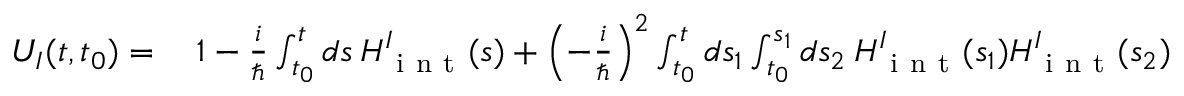
\begin{array} { r l } { U _ { I } ( t , t _ { 0 } ) = } & { { } \: 1 - \frac { i } { \hbar } \int _ { t _ { 0 } } ^ { t } d s \: H _ { \mathrm { ~ i ~ n ~ t ~ } } ^ { I } ( s ) + \left( - \frac { i } { \hbar } \right) ^ { 2 } \int _ { t _ { 0 } } ^ { t } d s _ { 1 } \int _ { t _ { 0 } } ^ { s _ { 1 } } d s _ { 2 } \: H _ { \mathrm { ~ i ~ n ~ t ~ } } ^ { I } ( s _ { 1 } ) H _ { \mathrm { ~ i ~ n ~ t ~ } } ^ { I } ( s _ { 2 } ) } \end{array}